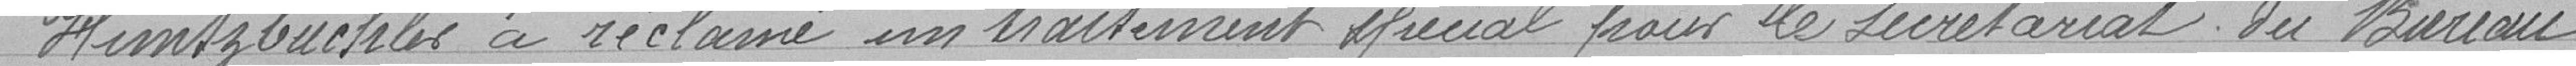
" Huntzbuchler a réclamé un traitement spécial pour le secrétariat du Bureau